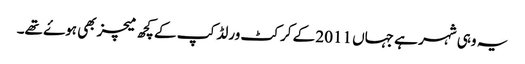
یہ وہی شہر ہے جہاں 2011 کے کرکٹ ورلڈ کپ کے کچھ میچز بھی ہوۓ تھے۔